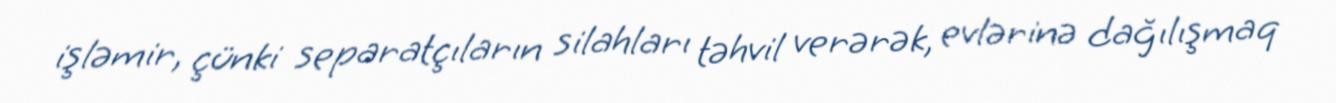
işləmir, çünki separatçıların silahları təhvil verərək, evlərinə dağılışmaq